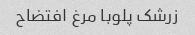
زرشک پلوبا مرغ افتضاح